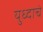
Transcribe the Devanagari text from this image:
युध्दाचे